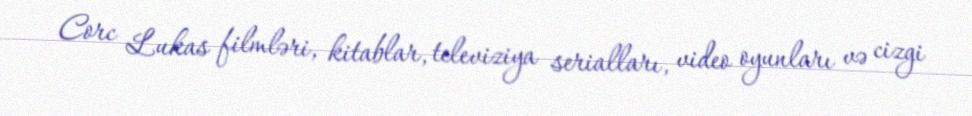
Corc Lukas filmləri, kitablar, televiziya serialları, video oyunları və cizgi